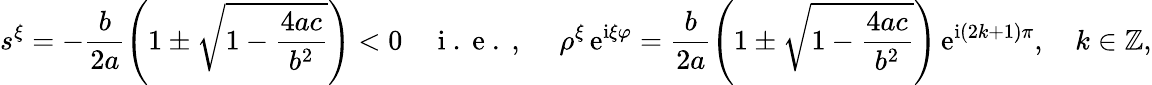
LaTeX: s^{\xi}=-\frac{b}{2a}\left(1\pm\sqrt{1-\frac{4ac}{b^{2}}}\right)<0\quad\mathrm{~i~.~e~.~,~}\quad\rho^{\xi}\, \mathrm{e}^{\mathrm{i}\xi\varphi}=\frac{b}{2a}\left(1\pm\sqrt{1-\frac{4ac}{b^{2}}}\right)\, \mathrm{e}^{\mathrm{i}\left(2k+1\right)\pi},\quad k\in\mathbb{Z},